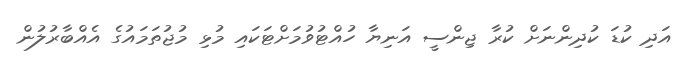
އަދި ކުޑަ ކުދިންނަށް ކުރާ ޖިންސީ އަނިޔާ ހުއްޓުވުމަށްޓަކައި މުޅި މުޖުތަމައުގެ އެއްބާރުލުން